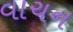
વાચન